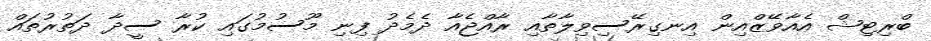
ބްރިޓިޝް އެއާވޭޒްއިން އިނގިރޭސިވިލާތާއި ރާއްޖެއާ ދެމެދު ފިނި މޫސުމުގައި ކުރާ ސީދާ ދަތުރުތައް